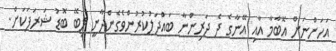
އަހަންނަށް އޮބާމާ އާއި އޭނާގެ ދެ ދަރިންނާ ބައްދަލުކުރުންވެގެންދާނީ ލިބޭ ބޮޑު ޝަރަފަކަށް.